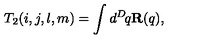
T _ { 2 } ( i , j , l , m ) = \int d ^ { D } \! q { \bf R } ( q ) ,